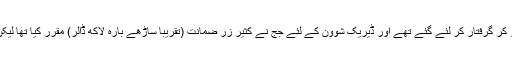
جارج کی ہلاکت میں ملوّث چاروں پولیس والے معطّل ہو کر گرفتار کر لئے گئے تھے اور ڈیریک شوون کے لئے جج نے کثیر زرِ ضمانت (تقریباً ساڑھے بارہ لاکھ ڈالر) مقرّر کیا تھا لیکن وہ مطلوبہ ضمانت مہیّا کر کے کل جیل سے باہر آ گیا۔